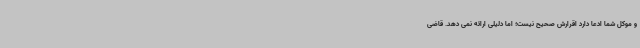
و موکل شما ادعا دارد اقرارش صحیح نیست؛ اما دلیلی ارائه نمی دهد. قاضی